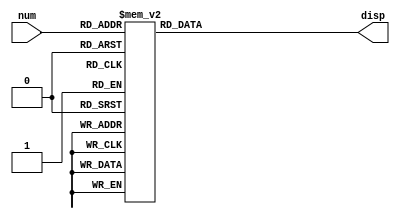
//Implementao de uma hierarquia de memria com dois nveis (cache L1 e memria RAM).
//A cache L1  totalmente assiciativa e a memria RAM  diretamente mapeada.
//Endereos de memria de 8 bits e tamanho de palavra de 8 bits.

//Mdulo para utilizao do display de 7 segmentos como sada (implementado na terceira prova da disciplina de Sistemas Digitais para Computao)
module display(num, disp);
	input [3:0]num;
	output reg [6:0]disp;
	
	always @ (num)
		case (num)
			4'b0000: disp = 7'b0000001;//0
			4'b0001: disp = 7'b1001111;//1
			4'b0010: disp = 7'b0010010;//2
			4'b0011: disp = 7'b0000110;//3
			4'b0100: disp = 7'b1001100;//4
			4'b0101: disp = 7'b0100100;//5
			4'b0110: disp = 7'b0100000;//6
			4'b0111: disp = 7'b0001111;//7
			4'b1000: disp = 7'b0000000;//8
			4'b1001: disp = 7'b0000100;//9
			4'b1010: disp = 7'b0001000;//A
			4'b1011: disp = 7'b1100000;//B
			4'b1100: disp = 7'b0110001;//C
			4'b1101: disp = 7'b1000010;//D
			4'b1110: disp = 7'b0110000;//E
			4'b1111: disp = 7'b0111000;//F
		endcase
endmodule

module memoriaCache(clock, address, dataIn, write, dataOut, hit);
		input clock;//Clock;
		input [7:0]address;//Endereo de acesso  cache.
		input [7:0]dataIn;//Dado de entrada da cache.
		input write;//Bit que indica leitura e escrita (0 habilita leitura e 1 habilita escrita). 
		output reg [7:0]dataOut;//Dado de sada da cache.
		output reg hit;//Valor de sada (0 para miss e 1 para hit).
		integer i, j, k, l; //Varivel contadora a ser utilizada dentro do lao for.
		
		//[18] -> Bit de validade (quando ALTO indica que o dado presente na linha de cache  vlido).
		//[17] -> Bit de sujeira (quando ALTO indica inconsistncia entre o dado presente na cache e na memria RAM).
		//[16] -> Bit LRU usado para substituio de dados.
		//[15:8] -> Bits de tag.
		//[7:0] -> Dado presente na linha de cache.
		reg [18:0]MCache[1:0];//Declarao da memria cache (duas linhas de dados de 15 bits);
		
		//Carregamento da memria cache com os dados especificados no roteiro da prtica.
		initial begin
			//Dados iniciais da primeira linha de cache
			MCache[0][18] = 1'b1;//Bit de validade  igual a 1.
			MCache[0][17] = 1'b0;//Bit de sujeira  igual a 0.
			MCache[0][16] = 1'b0;//Bit de LRU  igual a 0.
			MCache[0][15:8] = 8'b00000100;//Tag inicial do primeiro bloco de cache em binrio.
			MCache[0][7:0] = 8'b00000101;//Dado inicial do primeiro bloco de cache em binrio.
			
			//Dados iniciais da segunda linha de cache
			MCache[1][18] = 1'b1;//Bit de validade  igual a 1;
			MCache[1][17] = 1'b0;//Bit de sujeira  igual a zero.
			MCache[1][16] = 1'b1;//Bit de LRU  igual a 1.
			MCache[1][15:8] = 8'b00000101;//Tag inicial do primeiro bloco de cache em binrio.
			MCache[1][7:0] = 8'b00000011;//Dado inicial da segunda linha de cache em binrio.
		end
		
		//Escritas so realizadas em borda negativa de clock.
		//Primeiro pesquisa por um dado invlido, se no encontrar substitui o dado menos recentemente usado (LRU).
		always @ (posedge clock) begin
			if(write == 1'b1) begin
				hit = 0;//Seta a varivel "hit" inicialmente como 0 (miss);
				for(i=0; i<2 && hit==0; i=i+1) begin
					if(MCache[i][18]==1'b0 || MCache[i][16]==1'b0) begin //Se o dado na cache for invlido.
						MCache[i][15:8] = address;//Atualiza o endereo do dado na linha de cache.
						MCache[i][7:0] = dataIn;//Atualiza o dado na linha de cache.
						MCache[i][18] = 1'b1;//Seta 1 no bit de validade.
						MCache[i][17] = 1'b1;//Seta 1 no bit de sujeira (indica que o dado deve ser escito na memria RAM).
						MCache[i][16] = 1'b1;//Seta 1 no Bit de LRU, indica que o dado foi acessado recentemente.
						hit = 1;
						for(j=0; j<2; j=j+1) begin
							if(j!=i) begin
								MCache[j][16] = 1'b0;//Atualiza o bit de LRU das outras posies da cache.
								if(MCache[j][15:8]==address) begin
									MCache[j][18] = 1'b0; // Se existir outra posio com o mesmo endereo, Setar bit como invlido
								end
							end
						end
					end
				end
			end
			else begin
				hit = 0;//Seta a varivel "hit" inicialmente como 0 (miss);
				for(k=0; k<2; k=k+1) begin
					if(MCache[k][15:8]==address && MCache[k][18]==1'b1) begin
						dataOut = MCache[k][7:0];//Encontrou o dado na cache.
						MCache[k][16] = 1'b1;//Seta 1 no Bit de LRU, indica que o dado foi acessado recentemente.
						hit = 1;//Hit (o dado foi lido da cache).
						for(l=0; l<2; l=l+1) begin
							if(MCache[l][15:8]!=address) begin
								MCache[l][16] = 1'b0;//Atualiza o bit de LRU das outras posies da cache.
							end
						end
					end
				end
			end
		end
endmodule

module cache(SW, HEX0, HEX1, HEX2, HEX3, HEX4, HEX5, LEDG);
	//SW[17] -> clock.
	//SW[16] -> write.
	//SW[15:7] -> endereo de acesso  memria.
	//SW[7:0] -> dado a ser escrito na memria.
	input [17:0]SW;
	output [0:6]HEX0;
	output [0:6]HEX1;
	output [0:6]HEX2;
	output [0:6]HEX3;
	output [0:6]HEX4;
	output [0:6]HEX5;
	output [0:0]LEDG;

	wire clock = SW[17];
	wire write = SW[16];
	wire [7:0]address = SW[15:8];
	wire [7:0]dataIn = SW[7:0];
	wire [7:0]dataOut;//Dado de sada.
	wire hit = LEDG[0];//Aceso indica hit e apagado miss. 
	
	//Instanciao do bloco de memria.
	memoriaCache MCache1(clock, address, dataIn, write, dataOut, hit);
	
	//Impresso do endereo de acesso no dislay de 7 segmentos.
	display dispAddress1(address[7:4], HEX5);
	display dispAddress0(address[3:0], HEX4);
	
	//Impresso do dado de entrada no display de 7 segmentos.
	display dispDataIn1(dataIn[7:4], HEX3);
	display dispDataIn0(dataIn[3:0], HEX2);
	
	//Impresso do dado de saida no display de 7 segmentos.
	display dispDataOut1(dataOut[7:4], HEX1);
	display dispDataOut0(dataOut[3:0], HEX0);
endmodule